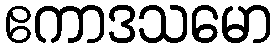
ဧကာဒသမော